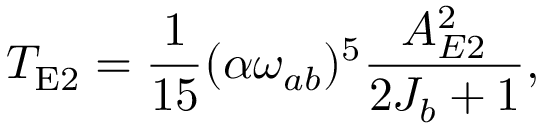
T _ { \mathrm { E 2 } } = \frac { 1 } { 1 5 } ( \alpha \omega _ { a b } ) ^ { 5 } \frac { A _ { E 2 } ^ { 2 } } { 2 J _ { b } + 1 } ,